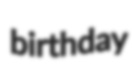
birthday